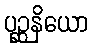
ပုဉ္ဆနိယော